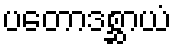
ပတောဒစ္ဆာယံ